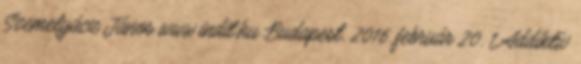
Szemelyácz János www.indit.hu Budapest, 2016. február 20. 1 Addiktív